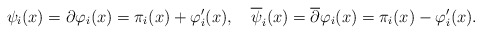
\begin{align*}\psi_i(x) = \partial\varphi_i(x) = \pi_i(x)+\varphi'_i(x),\ \ \ {\overline\psi}_i(x) = {\overline\partial}\varphi_i(x) =\pi_i(x)-\varphi'_i(x). \end{align*}